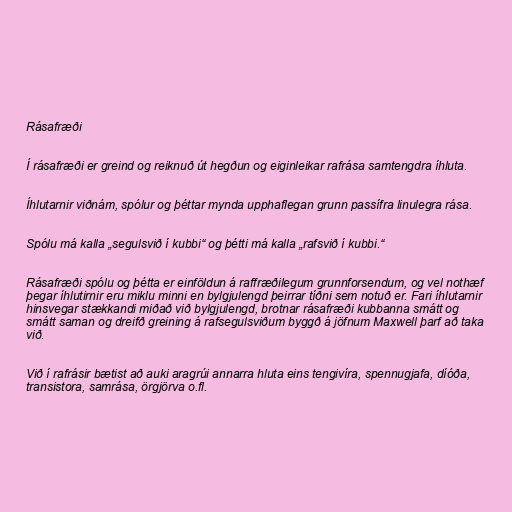
Rásafræði

Í rásafræði er greind og reiknuð út hegðun og eiginleikar rafrása samtengdra íhluta.

Íhlutarnir viðnám, spólur og þéttar mynda upphaflegan grunn passífra linulegra rása.

Spólu má kalla „segulsvið í kubbi“ og þétti má kalla „rafsvið í kubbi.“

Rásafræði spólu og þétta er einföldun á raffræðilegum grunnforsendum, og vel nothæf
þegar íhlutirnir eru miklu minni en bylgjulengd þeirrar tíðni sem notuð er. Fari íhlutarnir
hinsvegar stækkandi miðað við bylgjulengd, brotnar rásafræði kubbanna smátt og
smátt saman og dreifð greining á rafsegulsviðum byggð á jöfnum Maxwell þarf að taka
við.

Við í rafrásir bætist að auki aragrúi annarra hluta eins tengivíra, spennugjafa, díóða,
transistora, samrása, örgjörva o.fl.